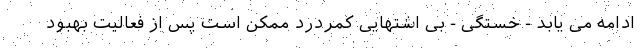
ادامه می یابد - خستگی - بی اشتهایی کمردرد ممکن است پس از فعالیت بهبود